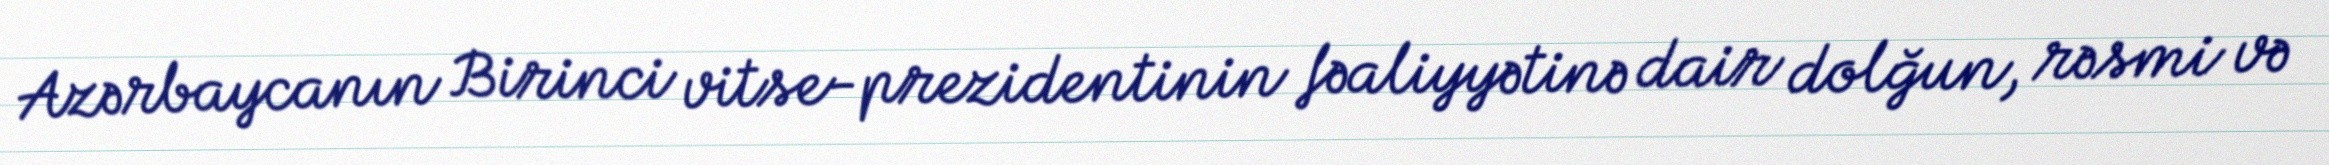
Azərbaycanın Birinci vitse-prezidentinin fəaliyyətinə dair dolğun, rəsmi və